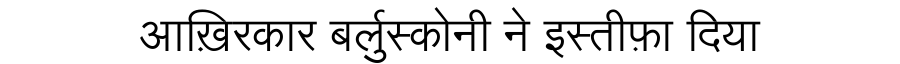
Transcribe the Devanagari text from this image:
आख़िरकार बर्लुस्कोनी ने इस्तीफ़ा दिया